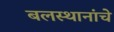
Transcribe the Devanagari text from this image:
बलस्थानांचे